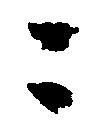
ニ